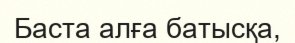
Баста алға батысқа,